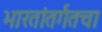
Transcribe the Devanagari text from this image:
भारतांतर्गतचा